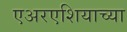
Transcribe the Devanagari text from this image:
एअरएशियाच्या